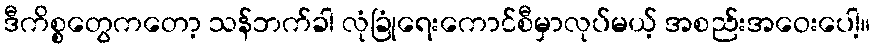
ဒီကိစ္စတွေကတော့ သန်ဘက်ခါ လုံခြုံရေးကောင်စီမှာလုပ်မယ့် အစည်းအဝေးပေါ့။